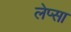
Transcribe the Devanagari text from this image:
लेप्सा